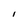
Character: l